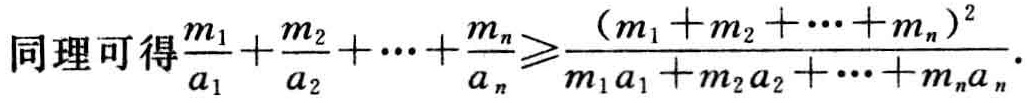
同理可得$\frac{m_1}{a_1}+\frac{m_2}{a_2}+\cdots+\frac{m_n}{a_n}\geqslant\frac{(m_1 + m_2+\cdots + m_n)^2}{m_1a_1 + m_2a_2+\cdots + m_na_n}$.